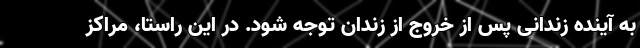
به آینده زندانی پس از خروج از زندان توجه شود. در این راستا، مراکز